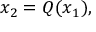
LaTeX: x _ { 2 } = Q ( x _ { 1 } ) ,